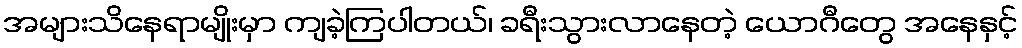
အများသိနေရာမျိုးမှာ ကျခဲ့ကြပါတယ်၊ ခရီးသွားလာနေတဲ့ ယောဂီတွေ အနေနှင့်